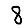
Digit: 8